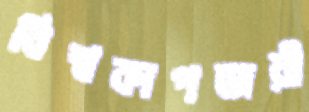
বিশ্বকাপজয়ী